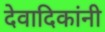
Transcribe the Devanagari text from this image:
देवादिकांनी